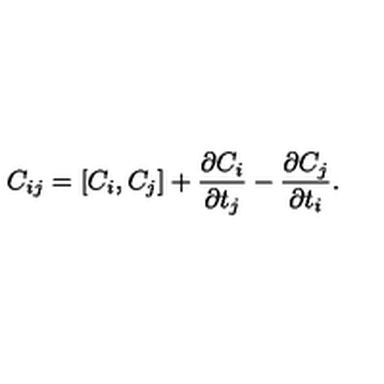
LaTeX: C _ { i j } = [ C _ { i } , C _ { j } ] + \frac { \partial C _ { i } } { \partial t _ { j } } - \frac { \partial C _ { j } } { \partial t _ { i } } .